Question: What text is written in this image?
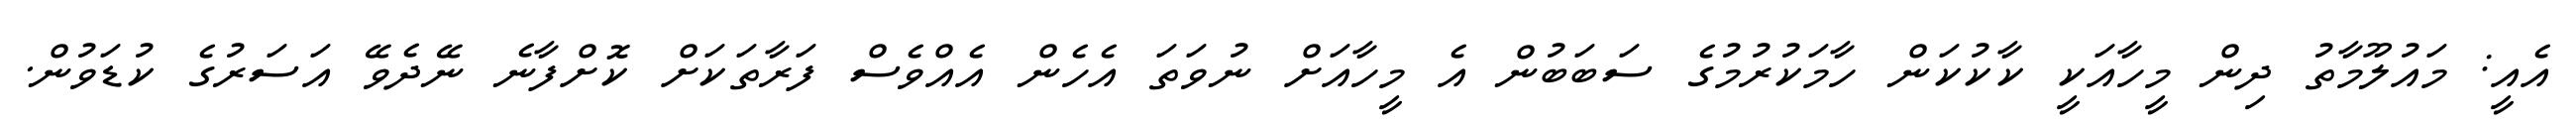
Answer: އެއީ: މައުލޫމާތު ދިން މީހާއަކީ ކާކުކަން ހާމަކުރުމުގެ ސަބަބުން އެ މީހާއަށް ނުވަތަ އެހެން އެއްވެސް ފަރާތަކަށް ކޮށްފާނެ ނޭދެވޭ އަސަރުގެ ކުޑަވުން.